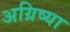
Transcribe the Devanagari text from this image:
अग्रिष्या